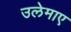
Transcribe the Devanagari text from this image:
उलेमाए